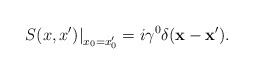
\begin{align*}\left. S(x,x')\right |_{x_0=x'_0}=i\gamma^0 \delta({\bf x}-{\bf x}').\end{align*}